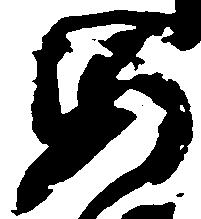
要